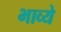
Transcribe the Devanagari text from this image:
भाव्ये